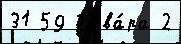
31 59 Г'ева́ра 2